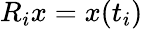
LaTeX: R_{i}x=x(t_{i})